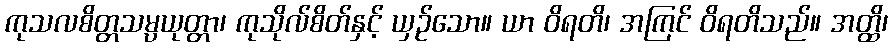
ကုသလစိတ္တသမ္ပယုတ္တာ၊ ကုသိုလ်စိတ်နှင့် ယှဉ်သော။ ယာ ဝိရတိ၊ အကြင် ဝိရတိသည်။ အတ္ထိ၊